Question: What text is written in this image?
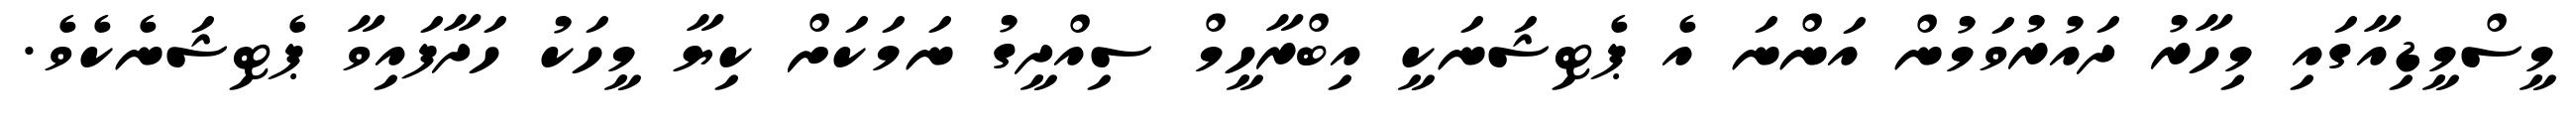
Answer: މީސްމީޑިއާގައި މިހާރު ދައުރުވަމުން އަންނަ އެ ޕެޓިޝަނަކީ އިބްރާހީމް ސިއްދީގު ނަމަކަށް ކިޔާ މީހަކު ހަދާފައިވާ ޕެޓިޝަނެކެވެ.